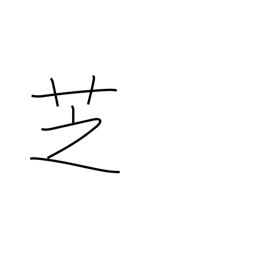
Meaning: lawn